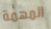
المهمة